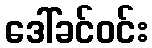
ဒေါ်ခင်ဝင်း